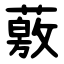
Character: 薂